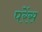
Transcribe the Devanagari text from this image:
परेंस